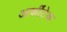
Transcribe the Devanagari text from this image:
आर्कीटेक